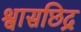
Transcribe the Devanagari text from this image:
श्वासछिद्र